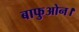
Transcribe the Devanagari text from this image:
बाफुओन।